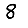
Digit: 8